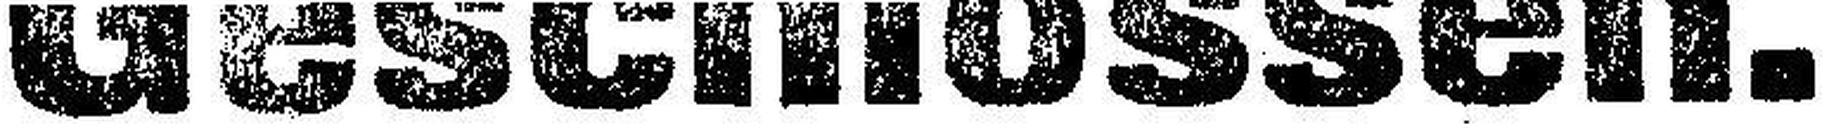
Geschlossen.